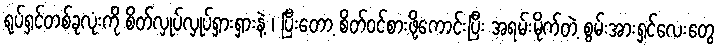
ရုပ်ရှင်တစ်ခုလုံးကို စိတ်လှုပ်လှုပ်ရှားရှားနဲ့ ၊ ပြီးတော့ စိတ်ဝင်စားဖို့ကောင်းပြီး အရမ်းမိုက်တဲ့ စွမ်းအားရှင်လေးတွေ